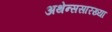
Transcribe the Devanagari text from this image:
अथेन्ससारख्या